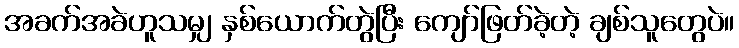
အခက်အခဲဟူသမျှ နှစ်ယောက်တွဲပြီး ကျော်ဖြတ်ခဲ့တဲ့ ချစ်သူတွေပဲ။